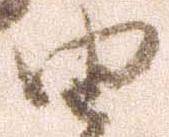
由